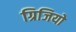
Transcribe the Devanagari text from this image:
ग्रिजियो